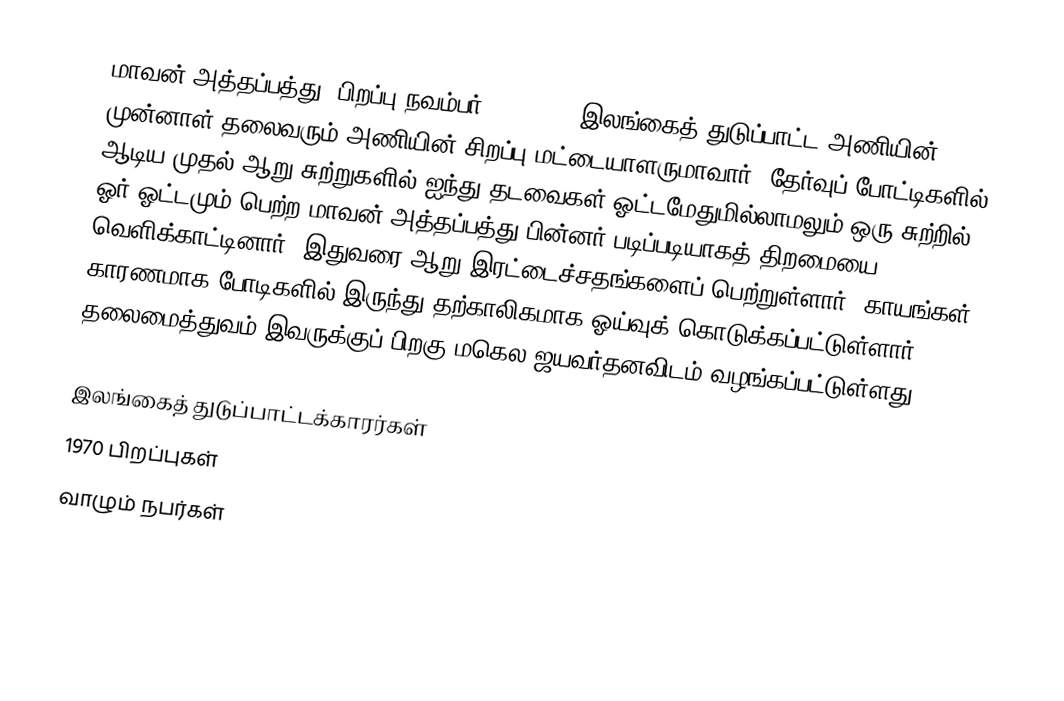
மாவன் அத்தப்பத்து (பிறப்பு நவம்பர் 22, 1970) இலங்கைத் துடுப்பாட்ட அணியின் முன்னாள் தலைவரும் அணியின் சிறப்பு மட்டையாளருமாவார். தேர்வுப் போட்டிகளில் ஆடிய முதல் ஆறு சுற்றுகளில் ஐந்து தடவைகள் ஓட்டமேதுமில்லாமலும் ஒரு சுற்றில் ஓர் ஓட்டமும் பெற்ற மாவன் அத்தப்பத்து பின்னர் படிப்படியாகத் திறமையை வெளிக்காட்டினார். இதுவரை ஆறு இரட்டைச்சதங்களைப் பெற்றுள்ளார். காயங்கள் காரணமாக போடிகளில் இருந்து தற்காலிகமாக ஓய்வுக் கொடுக்கப்பட்டுள்ளார். தலைமைத்துவம் இவருக்குப் பிறகு மகெல ஜயவர்தனவிடம் வழங்கப்பட்டுள்ளது.

இலங்கைத் துடுப்பாட்டக்காரர்கள்
1970 பிறப்புகள்
வாழும் நபர்கள்